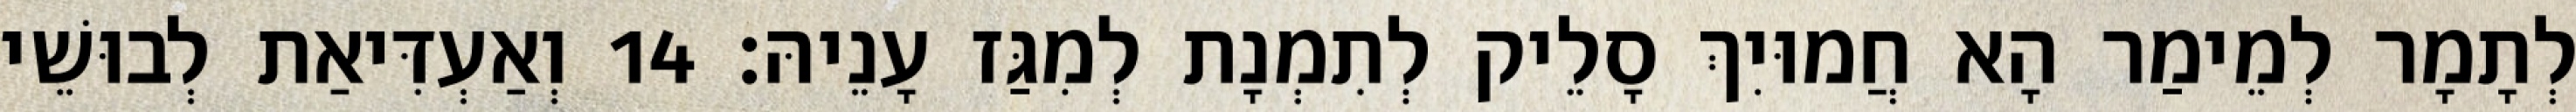
לְתָמָר לְמֵימַר הָא חֲמוּיִךְ סָלֵיק לְתִמְנָת לְמִגַּז עָנֵיהּ׃ 14 וְאַעְדִּיאַת לְבוּשֵׁי